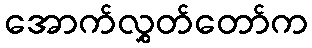
အောက်လွှတ်တော်က